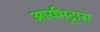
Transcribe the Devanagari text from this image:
आर्यभट्टास